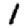
Digit: 1